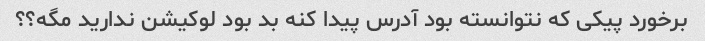
برخورد پیکی‌ که نتوانسته بود آدرس پیدا کنه بد بود لوکیشن ندارید مگه؟؟